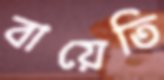
বায়েতি